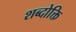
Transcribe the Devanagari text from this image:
शब्दोक्ति